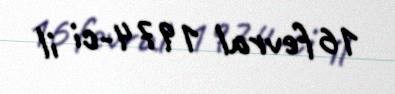
16 fevral 1974-ci il